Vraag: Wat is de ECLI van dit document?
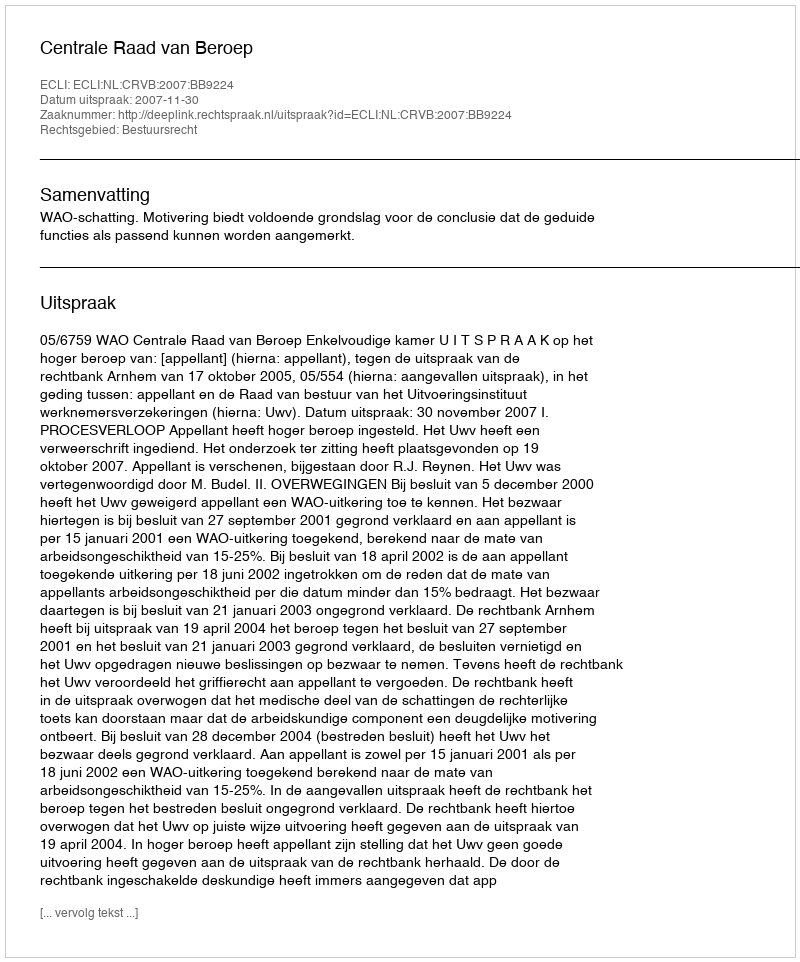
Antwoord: ECLI:NL:CRVB:2007:BB9224